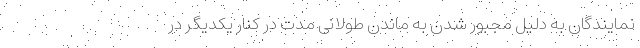
نمایندگان به دلیل مجبور شدن به ماندن طولانی مدت در کنار یکدیگر در